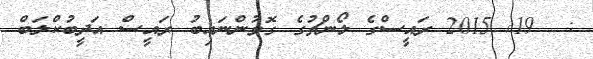
:  19